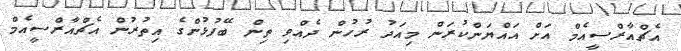
އެޗްއާރްސީއެމް އަށް އައްޔަންކުރަން މިއަދު ރުހުން ދެއްވި ތިން ބޭފުޅުންގެ އިތުރުން އެޗްއާރްސީއެމް